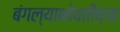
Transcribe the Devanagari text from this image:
बंगल्याभोवतीच्या